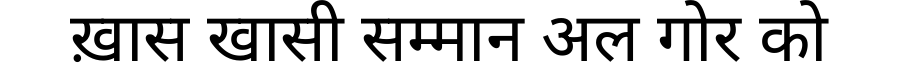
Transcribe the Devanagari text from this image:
ख़ास खासी सम्मान अल गोर को